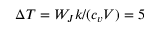
\Delta T = W _ { J } k / ( c _ { v } V ) = 5